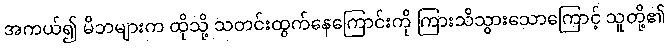
အကယ်၍ မိဘများက ထိုသို့ သတင်းထွက်နေကြောင်းကို ကြားသိသွားသောကြောင့် သူတို့၏